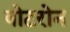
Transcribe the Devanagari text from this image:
वोटरोन